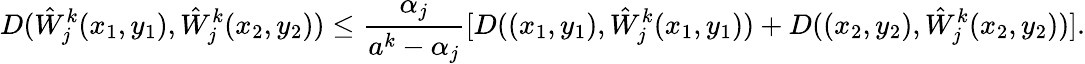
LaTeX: D(\hat{W}_{j}^{k}(x_{1},y_{1}),\hat{W}_{j}^{k}(x_{2},y_{2}))\le\frac{\alpha_{j}}{a^{k}-\alpha_{j}}[D((x_{1},y_{1}),\hat{W}_{j}^{k}(x_{1},y_{1}))+D((x_{2},y_{2}),\hat{W}_{j}^{k}(x_{2},y_{2}))].